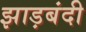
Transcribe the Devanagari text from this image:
झाड़बंदी